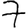
Digit: 7